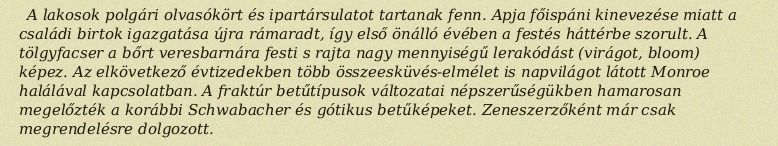
A lakosok polgári olvasókört és ipartársulatot tartanak fenn. Apja főispáni kinevezése miatt a családi birtok igazgatása újra rámaradt, így első önálló évében a festés háttérbe szorult. A tölgyfacser a bőrt veresbarnára festi s rajta nagy mennyiségű lerakódást (virágot, bloom) képez. Az elkövetkező évtizedekben több összeesküvés-elmélet is napvilágot látott Monroe halálával kapcsolatban. A fraktúr betűtípusok változatai népszerűségükben hamarosan megelőzték a korábbi Schwabacher és gótikus betűképeket. Zeneszerzőként már csak megrendelésre dolgozott.